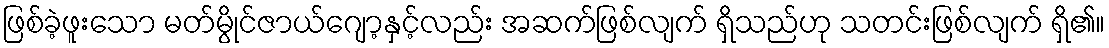
ဖြစ်ခဲ့ဖူးသော မတ်မွိုင်ဇာယ်ဂျော့နှင့်လည်း အဆက်ဖြစ်လျက် ရှိသည်ဟု သတင်းဖြစ်လျက် ရှိ၏။